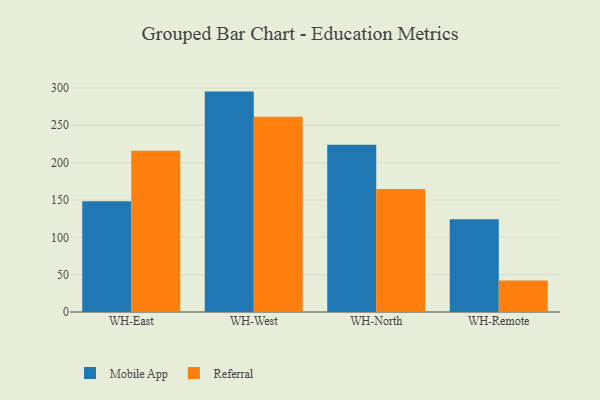
{"axis": {"x": "Warehouse", "y": "Budget (USD K)"}, "legend": ["Mobile App", "Referral"], "data": [{"x": "WH-East", "y": 148.3, "type": "Mobile App"}, {"x": "WH-East", "y": 215.8, "type": "Referral"}, {"x": "WH-West", "y": 295.1, "type": "Mobile App"}, {"x": "WH-West", "y": 261.4, "type": "Referral"}, {"x": "WH-North", "y": 223.9, "type": "Mobile App"}, {"x": "WH-North", "y": 164.7, "type": "Referral"}, {"x": "WH-Remote", "y": 124.2, "type": "Mobile App"}, {"x": "WH-Remote", "y": 42.2, "type": "Referral"}]}